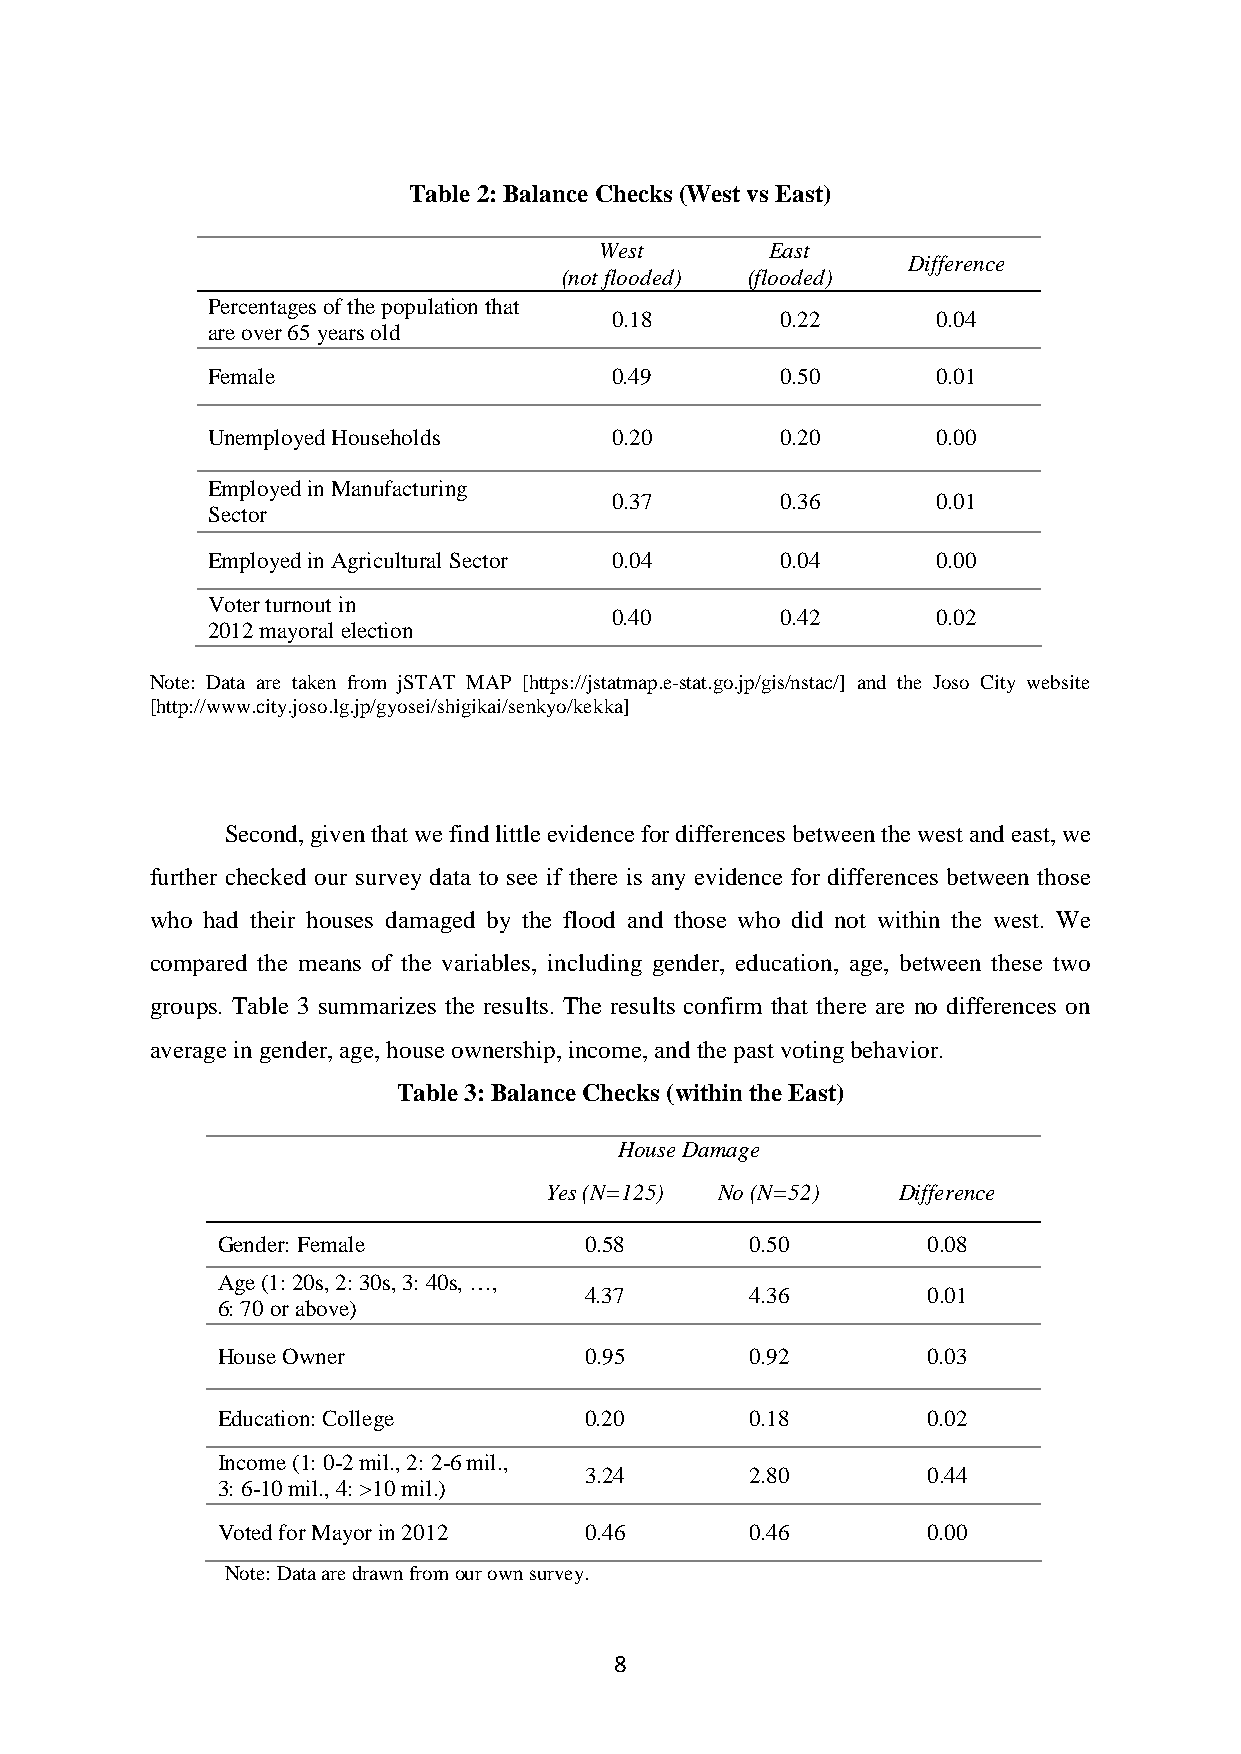
Table 2: Balance Checks (West vs East)
 West       East
 Difference
 (not flooded) (flooded)
 Percentages of the population that
 0.18        0.22      0.04
 are over 65 years old
 Female                    0.49        0.50      0.01
 Unemployed Households     0.20        0.20      0.00
 Employed in Manufacturing
 0.37        0.36      0.01
 Sector
 Employed in Agricultural Sector 0.04  0.04      0.00
 Voter turnout in
 0.40        0.42      0.02
 2012 mayoral election
 Note: Data are taken from jSTAT MAP [https://jstatmap.e-stat.go.jp/gis/nstac/] and the Joso City website
 [http://www.city.joso.lg.jp/gyosei/shigikai/senkyo/kekka]
 Second, given that we find little evidence for differences between the west and east, we
 further checked our survey data to see if there is any evidence for differences between those
 who had their houses damaged by the flood and those who did not within the west. We
 compared the means of the variables, including gender, education, age, between these two
 groups. Table 3 summarizes the results. The results confirm that there are no differences on
 average in gender, age, house ownership, income, and the past voting behavior.
 Table 3: Balance Checks (within the East)
 House Damage
 Yes (N=125) No (N=52)  Difference
 Gender: Female           0.58       0.50       0.08
 Age (1: 20s, 2: 30s, 3: 40s, …,
 4.37       4.36       0.01
 6: 70 or above)
 House Owner              0.95       0.92       0.03
 Education: College       0.20       0.18       0.02
 Income (1: 0-2 mil., 2: 2-6 mil.,
 3.24       2.80       0.44
 3: 6-10 mil., 4: >10 mil.)
 Voted for Mayor in 2012  0.46       0.46       0.00
 Note: Data are drawn from our own survey.
 8